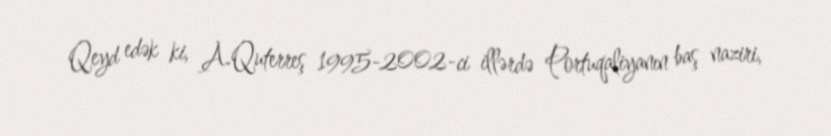
Qeyd edək ki, A.Quterreş 1995-2002-ci illərdə Portuqaliyanın baş naziri,